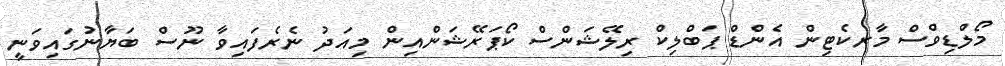
މޯލްޑިވްސް މާރކެޓިން އެންޑް ޕަބްލިކް ރިލޭޝަންސް ކޯޕަރޭޝަންއިން މިއަދު ނެރެފައިވާ ނޫސް ބަޔާނުގައިވަނީ